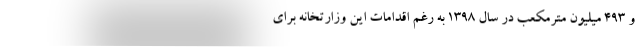
و 493 میلیون مترمکعب در سال 1398 به رغم اقدامات این وزارتخانه برای